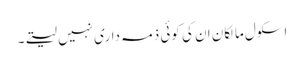
اسکول مالکان ان کی کوئی ذمہ داری نہیں لیتے۔